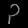
Digit: ၃